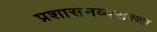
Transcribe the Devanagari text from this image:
प्रशासनव्यसस्था